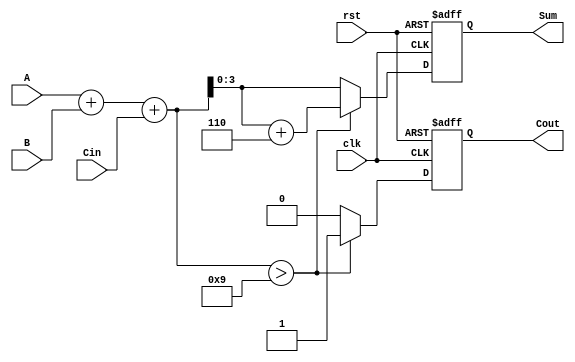
module BCD_Sequential_Adder (
    input wire [3:0] A,           // First BCD digit input
    input wire [3:0] B,           // Second BCD digit input
    input wire Cin,               // Carry input from previous addition
    input wire clk,               // Clock signal
    input wire rst,               // Reset signal
    output reg [3:0] Sum,         // BCD sum output
    output reg Cout               // Carry output
);

    reg [4:0] binary_sum;         // 5-bit register for binary sum

    always @(posedge clk or posedge rst) begin
        if (rst) begin
            Sum <= 4'b0000;        // Initialize Sum to 0 on reset
            Cout <= 1'b0;         // Initialize Cout to 0 on reset
        end else begin
            // Perform binary addition
            binary_sum = A + B + Cin;

            // Check if addition result exceeds BCD limit
            if (binary_sum > 5'd9) begin
                // Correction needed
                Sum <= binary_sum + 5'd6; // Add 6 to correct the result
                Cout <= 1'b1;             // Set carry output
            end else begin
                Sum <= binary_sum[3:0];   // Take the lower 4 bits
                Cout <= 1'b0;              // Clear carry output
            end
        end
    end

endmodule